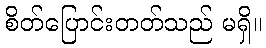
စိတ်ပြောင်းတတ်သည် မရှိ။